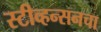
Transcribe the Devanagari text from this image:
स्टीव्हन्सनचा